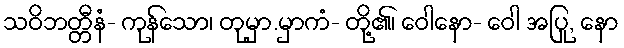
သဝိဘတ္တီနံ- ကုန်သော၊ တုမှာ.မှာကံ- တို့၏၊ ဝေါနော- ဝေါ အပြု, နော